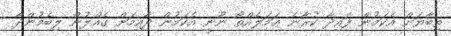
ތިބާޔަށް އެކަމުން ފައިދާ ކުރާނެ ޢަމަލެއްތޯ ނޫނީ އެކަމުން ދާއިމަށް ގެއްލުން ލިބެމުންދާ